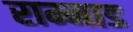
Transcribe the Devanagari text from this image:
राम्नाड